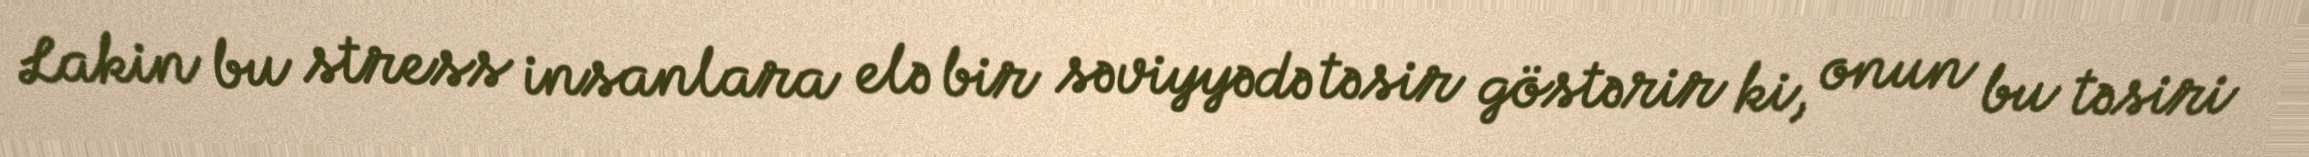
Lakin bu stress insanlara elə bir səviyyədə təsir göstərir ki, onun bu təsiri